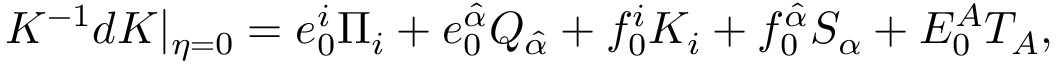
K ^ { - 1 } d K | _ { \eta = 0 } = e _ { 0 } ^ { i } \Pi _ { i } + e _ { 0 } ^ { \hat { \alpha } } Q _ { \hat { \alpha } } + f _ { 0 } ^ { i } K _ { i } + f _ { 0 } ^ { \hat { \alpha } } S _ { \alpha } + E _ { 0 } ^ { A } T _ { A } ,